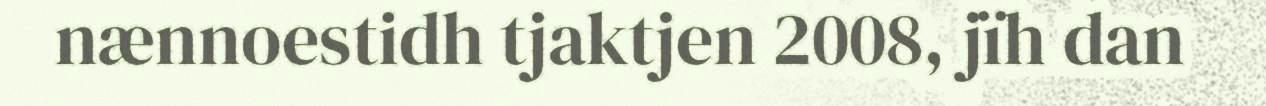
nænnoestidh tjaktjen 2008, jïh dan